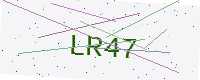
Text: LR47